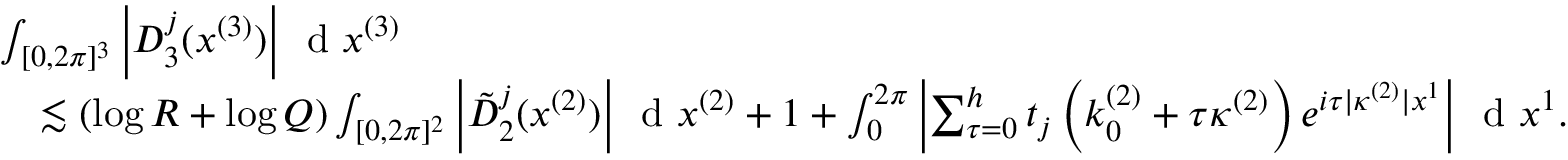
\begin{array} { r l } & { \int _ { [ 0 , 2 \pi ] ^ { 3 } } \left\vert D _ { 3 } ^ { j } ( x ^ { ( 3 ) } ) \right\vert \, \textnormal { d } x ^ { ( 3 ) } } \\ & { \quad \lesssim ( \log R + \log Q ) \int _ { [ 0 , 2 \pi ] ^ { 2 } } \left\vert \tilde { D } _ { 2 } ^ { j } ( x ^ { ( 2 ) } ) \right\vert \, \textnormal { d } x ^ { ( 2 ) } + 1 + \int _ { 0 } ^ { 2 \pi } \left\vert \sum _ { \tau = 0 } ^ { h } t _ { j } \left( k _ { 0 } ^ { ( 2 ) } + \tau \kappa ^ { ( 2 ) } \right) e ^ { i \tau | \kappa ^ { ( 2 ) } | x ^ { 1 } } \right\vert \, \textnormal { d } x ^ { 1 } . } \end{array}